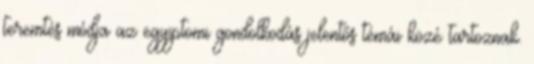
teremtés módja az egyiptomi gondolkodás jelentős témái közé tartoznak.